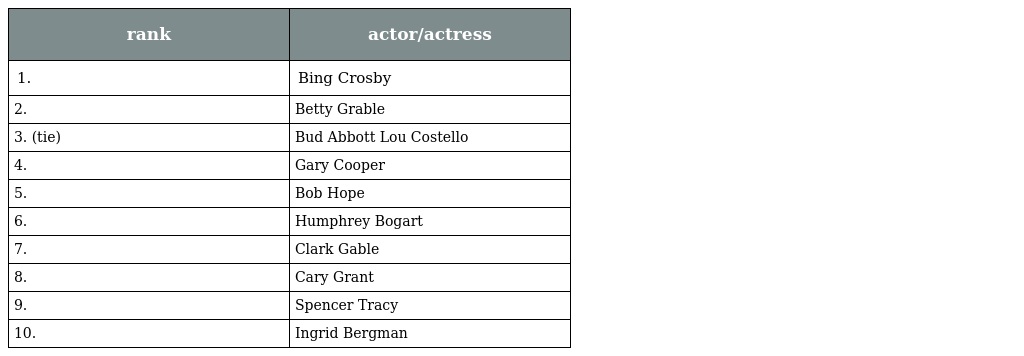
| rank | actor/actress |
 | --- | --- |
 | 1. | Bing Crosby |
 | 2. | Betty Grable |
 | 3. (tie) | Bud Abbott Lou Costello |
 | 4. | Gary Cooper |
 | 5. | Bob Hope |
 | 6. | Humphrey Bogart |
 | 7. | Clark Gable |
 | 8. | Cary Grant |
 | 9. | Spencer Tracy |
 | 10. | Ingrid Bergman |